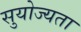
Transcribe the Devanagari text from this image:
सुयोज्यता